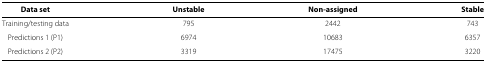
<table><thead><tr><td colspan="4"><b> </b></td></tr><tr><td><b>Data set</b></td><td><b>Unstable</b></td><td><b>Non-assigned</b></td><td><b>Stable</b></td></tr></thead><tbody><tr><td>Training/testing data</td><td>795</td><td>2442</td><td>743</td></tr><tr><td>Predictions 1 (P1)</td><td>6974</td><td>10683</td><td>6357</td></tr><tr><td>Predictions 2 (P2)</td><td>3319</td><td>17475</td><td>3220</td></tr></tbody></table>